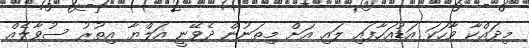
މިދައްކާ ވާހަކަ އަޑުއަހާފައި ލައި އަށް މިތަނުން ދެވޭނީ އަލްޔާ އިތުރު ސުވާލެއް